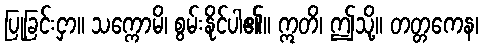
ပြုခြင်းငှာ။ သက္ကောမိ၊ စွမ်းနိုင်ပါ၏။ ဣတိ၊ ဤသို့။ တတ္တကေန၊